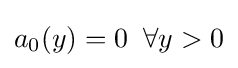
a_{0}(y)=0\;\;\forall y>0